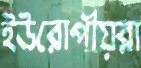
ইউরোপীয়রা